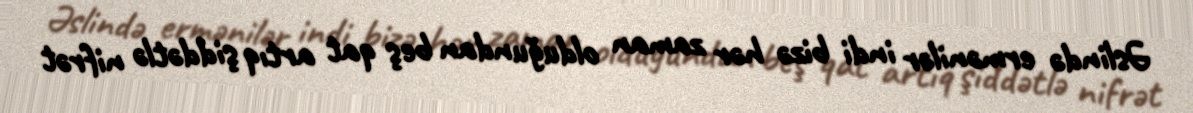
Əslində ermənilər indi bizə hər zaman olduğundan beş qat artıq şiddətlə nifrət